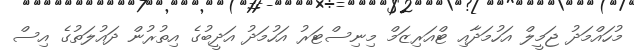
މުހައްމަދު ޖަމީލް އަހުމަދާއި ޓްއަރިޒަމް މިނިސްޓަރު އަހުމަދު އަދީބުގެ އިތުރުން ދައުލަތުގެ އިސް